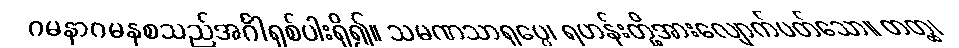
ဂမနာဂမနစသည်အင်္ဂါရှစ်ပါးရှိ၍။ သမဏသာရုပ္ပေ၊ ရဟန်းတို့အားလျောက်ပတ်သော။ တတ္ထ၊